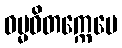
ဓမ္မဝိတက္ကေပေ